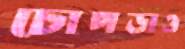
চোপড়াও